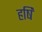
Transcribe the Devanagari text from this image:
हषि